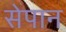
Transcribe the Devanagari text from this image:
सेपान